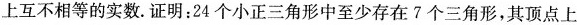
上互不相等的实数。证明：24个小正三角形中至少存在7个三角形，其顶点上